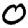
Digit: 0